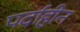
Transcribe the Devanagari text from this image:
पर्दाहीन